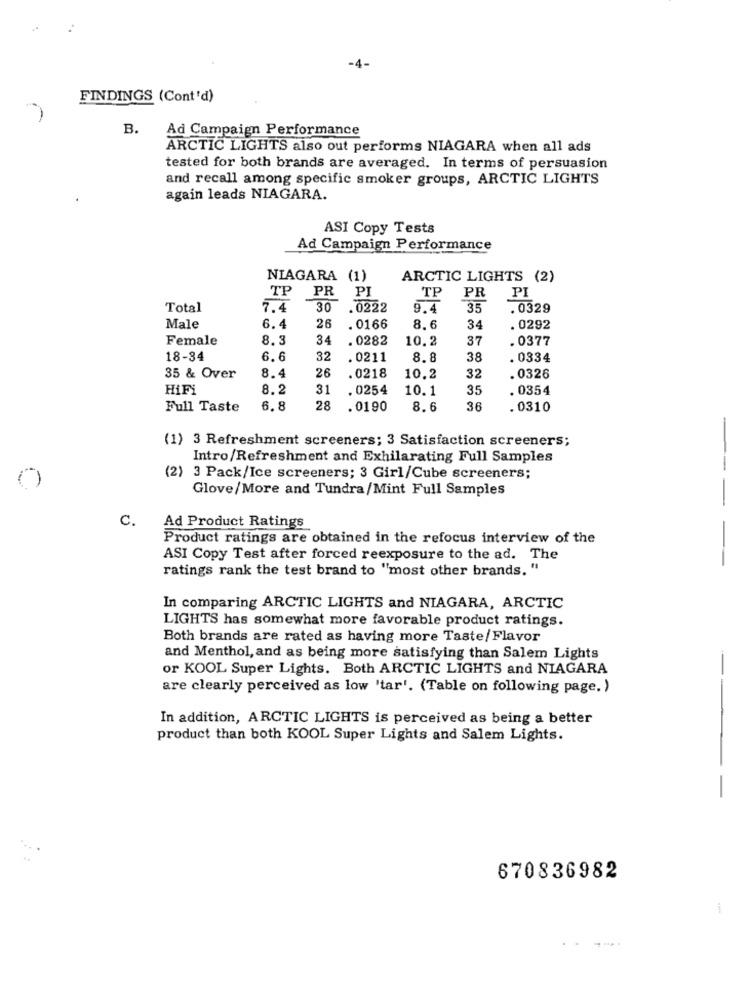
-4-
FINDINGS (Cont'd)
B.
Ad Campaign Performance
ARCTIC LIGHTS also out performs NIAGARA when all ads
tested for both brands are averaged. In terms of persuasion
and recall among specific smoker groups, ARCTIC LIGHTS
again leads NIAGARA.
ASI Copy Tests
Ad Campaign Performance
NIAGARA (1)
ARCTIC LIGHTS (2)
TP
PR
PI
TP
PR
PI
Total
7.4
30
.0222
9.4
35
.0329
Male
6.4
26
. 0166
8.6
34
. 0292
Female
8.3
34
. 0282
10.2
37
. 0377
18-34
6.6
32
. 0211
8.8
38
. 0334
26
35 & Over
8.4
.0218
10.2
32
. 0326
HiFi
8.2
31
. 0254
10.1
35
. 0354
Full Taste
6.8
28
. 0190
8.6
36
. 0310
(1) 3 Refreshment screeners; 3 Satisfaction screeners;
Intro/Refreshment and Exhilarating Full Samples
(2) 3 Pack/Ice screeners; 3 Girl/Cube screeners;
Glove/More and Tundra/Mint Full Samples
c.
Ad Product Ratings
Product ratings are obtained in the refocus interview of the
ASI Copy Test after forced reexposure to the ad. The
ratings rank the test brand to "most other brands. "
---
In comparing ARCTIC LIGHTS and NIAGARA, ARCTIC
LIGHTS has somewhat more favorable product ratings.
Both brands are rated as having more Taste/Flavor
and Menthol, and as being more satisfying than Salem Lights
or KOOL Super Lights. Both ARCTIC LIGHTS and NIAGARA
are clearly perceived as low 'tar'. (Table on following page. )
In addition, ARCTIC LIGHTS is perceived as being a better
product than both KOOL Super Lights and Salem Lights.
----
670836982
1